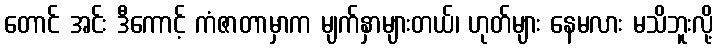
တောင် အင်း ဒီကောင့် ကံဇာတာမှာက မျက်နှာများတယ်၊ ဟုတ်များ နေမလား မသိဘူးလို့